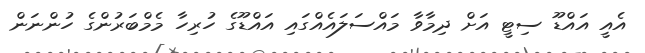
އެއީ އައްޑޫ ސިޓީ އަށް ދިމާވާ މައްސަލައެއްގައި އައްޑޫގެ ހުރިހާ މެމްބަރުންގެ ހުންނަން